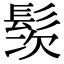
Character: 䯸